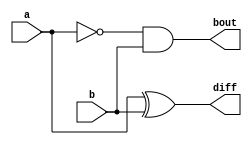
// This program was cloned from: https://github.com/Suni123456789/100DaysRTL
// License: Apache License 2.0

`timescale 1ns / 1ps

module half_subtractor(
  input a, b,
  output diff, bout
);

  assign diff = a ^ b;
  assign bout = ~a & b;
  
endmodule